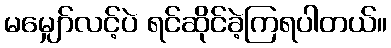
မမျှော်လင့်ပဲ ရင်ဆိုင်ခဲ့ကြရပါတယ်။